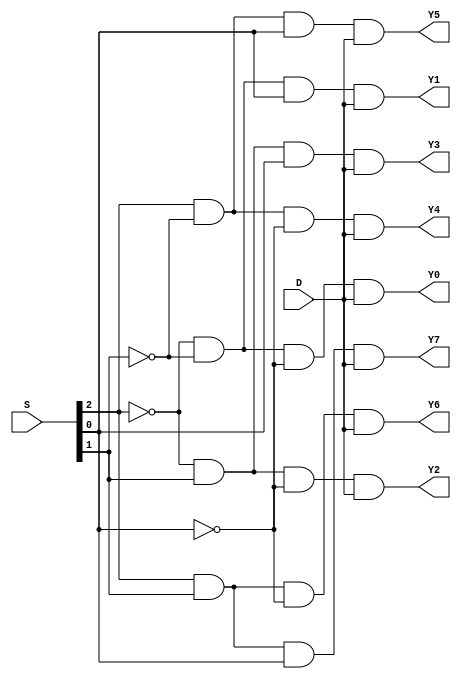
module demux_8_1_gate(input D, input [2:0]S,output Y0,Y1,Y2,Y3,Y4,Y5,Y6,Y7);
wire inv0, inv1, inv2; 
not not_0 (inv0, S[0]);
not not_1 (inv1, S[1]);
not not_2 (inv2, S[2]);
and and_0 (Y0, inv2, inv1, inv0, D );
and and_1 (Y1, inv2, inv1, S[0], D );
and and_2 (Y2, inv2, S[1], inv0, D );
and and_3 (Y3, inv2, S[1], S[0], D );
and and_4 (Y4, S[2], inv1, inv0, D );
and and_5 (Y5, S[2], inv1, S[0], D );
and and_6 (Y6, S[2], S[1], inv0, D );
and and_7 (Y7, S[2], S[1], S[0], D ); 
endmodule